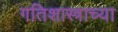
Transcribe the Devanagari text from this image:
गतिशास्त्राच्या